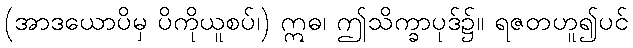
(အာဒယောပိမှ ပိကိုယူစပ်၊) ဣဓ၊ ဤသိက္ခာပုဒ်၌။ ရဇတဟူ၍ပင်